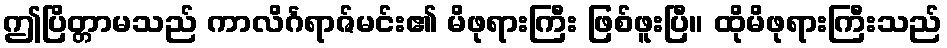
ဤပြိတ္တာမသည် ကာလိင်္ဂရာဇ်မင်း၏ မိဖုရားကြီး ဖြစ်ဖူးပြီ။ ထိုမိဖုရားကြီးသည်